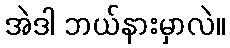
အဲဒါ ဘယ်နားမှာလဲ။